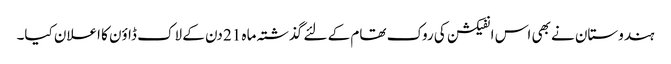
ہندوستان نے بھی اس انفیکشن کی روک تھام کے لئے گذشتہ ماہ 21 دن کے لاک ڈاؤن کا اعلان کیا۔